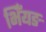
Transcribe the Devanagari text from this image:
भिँयङ